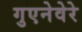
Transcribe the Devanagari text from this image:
गुएनेवेरे